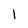
Character: I